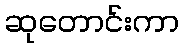
ဆုတောင်းကာ